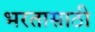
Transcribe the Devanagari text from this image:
भरतासाठी